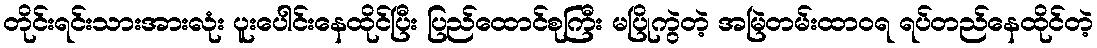
တိုင်းရင်းသားအားလုံး ပူးပေါင်းနေထိုင်ပြီး ပြည်ထောင်စုကြီး မပြိုကွဲတဲ့ အမြဲတမ်းထာဝရ ရပ်တည်နေထိုင်တဲ့